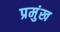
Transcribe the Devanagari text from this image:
प्रमुंख